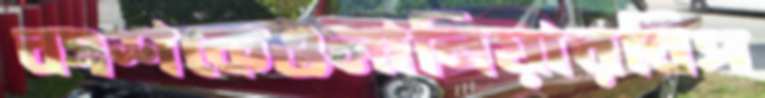
বংশকেওলানিয়ারবিপ